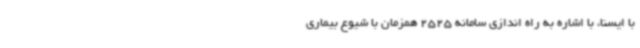
با ایسنا، با اشاره به راه اندازی سامانه 2525 همزمان با شیوع بیماری